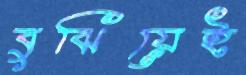
বুঝিয়েই